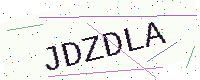
Text: JDZDLA